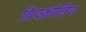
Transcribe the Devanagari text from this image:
प्रिस्क्रीनिंग